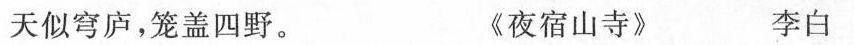
天似穹庐，笼盖四野。 《夜宿山寺》 李白